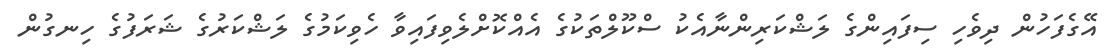
އޭގެފަހުން ދިވެހި ސިފައިންގެ ލަޝްކަރިންނާއެކު ސްކޫލްތަކުގެ އެއްކޮށްލެވިފައިވާ ހެވިކަމުގެ ލަޝްކަރުގެ ޝަރަފުގެ ހިނގުން